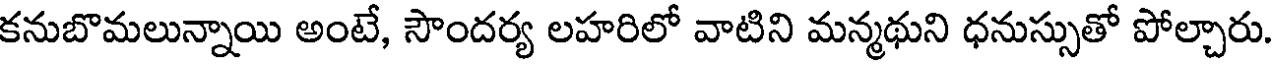
కనుబొమలున్నాయి అంటే, సౌందర్య లహరిలో వాటిని మన్మథుని ధనుస్సుతో పోల్చారు